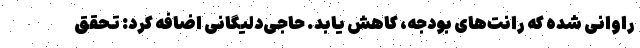
راوانی شده که رانت‌های بودجه، کاهش یابد. حاجی‌دلیگانی اضافه کرد: تحقق